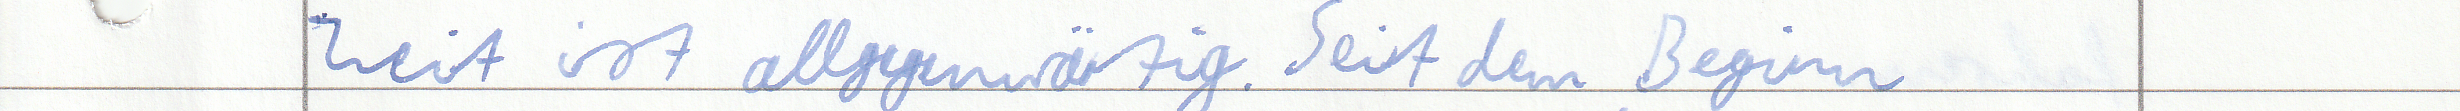
Zeit ist allgegenwärtig. Seit dem Beginn